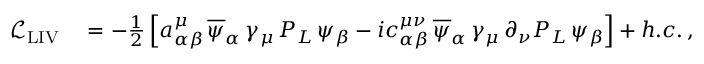
\begin{array} { r l } { \mathcal { L } _ { \mathrm { L I V } } } & { { } = - \frac { 1 } { 2 } \left[ a _ { \alpha \beta } ^ { \mu } \, \overline { { \psi } } _ { \alpha } \, \gamma _ { \mu } \, P _ { L } \, \psi _ { \beta } - i c _ { \alpha \beta } ^ { \mu \nu } \, \overline { { \psi } } _ { \alpha } \, \gamma _ { \mu } \, \partial _ { \nu } P _ { L } \, \psi _ { \beta } \right] + h . c . \, , } \end{array}